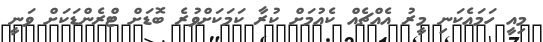
މިއީ ހަމައެކަނި މީރު އެއްޗެއް ކެއުމަށް ކުރާ ކަމަކަށްވުރެ ބޮޑަށް ޓްރެންޑަކަށް ވަނީ